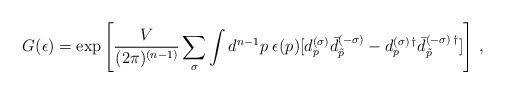
LaTeX: \begin{align*}G(\epsilon)=\exp\left[\frac{V}{(2\pi)^{(n-1)}}\sum_{\sigma}\int d^{n-1}p\;\epsilon(p)[d_p^{(\sigma)}\bar{d}_{\tilde p}^{(-\sigma)}-d_p^{(\sigma)\,\dagger}\bar{d}_{\tilde p}^{(-\sigma)\,\dagger}]\right]\,{,}\end{align*}